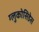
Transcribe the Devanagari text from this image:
ग्लुकोसिडेस